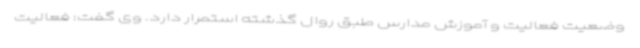
وضعیت فعالیت و آموزش مدارس طبق روال گذشته استمرار دارد. وی گفت: فعالیت